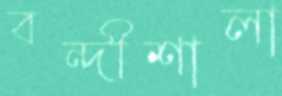
বন্দীশালা